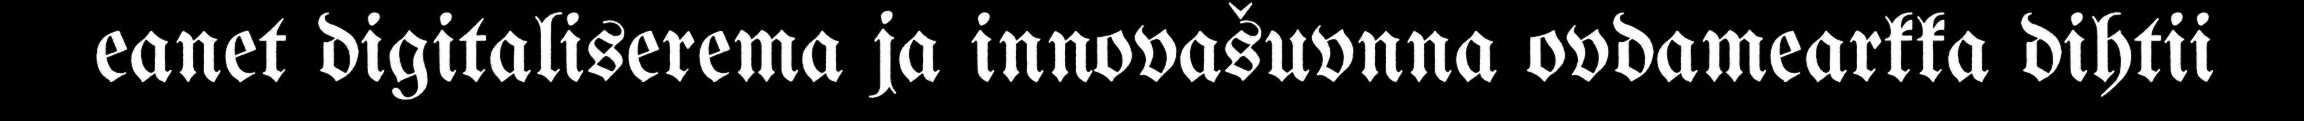
eanet digitaliserema ja innovašuvnna ovdamearkka dihtii